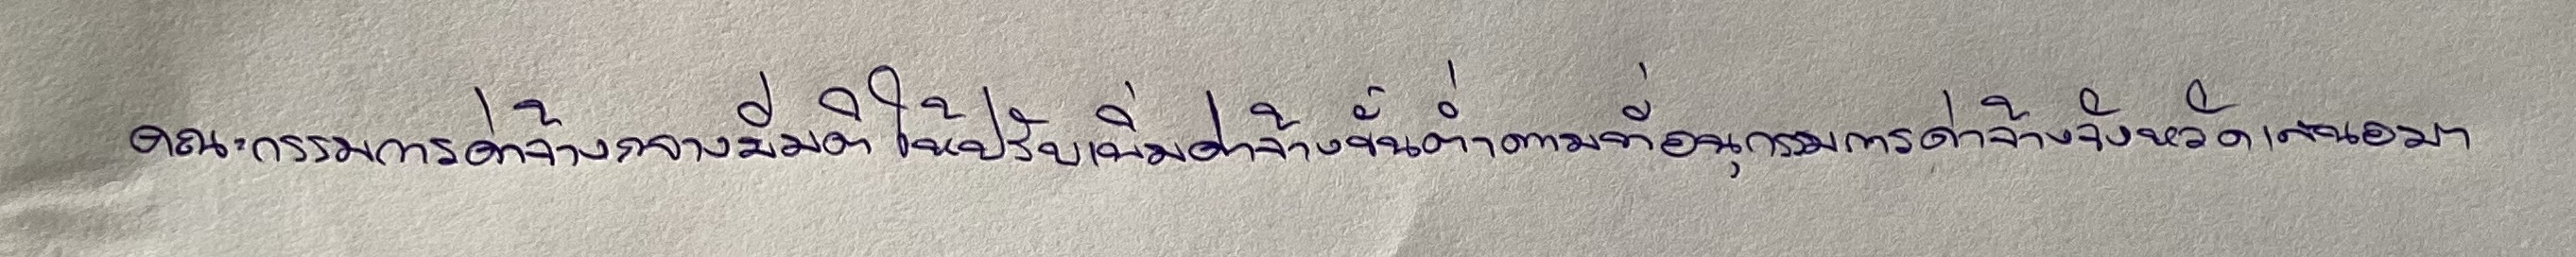
คณะกรรมการค่าจ้างกลางมีมติให้ปรับเพิ่มค่าจ้างขั้นต่ำตามที่อนุกรรมการค่าจ้างจังหวัดเสนอมา